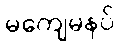
မကျေမနပ်